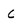
Character: C